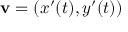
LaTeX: \mathbf { v } = ( x ^ { \prime } ( t ) , y ^ { \prime } ( t ) )